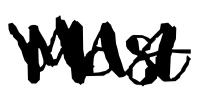
Text: Most
Cross-out: zig-zag
Writing tool: digital_black